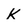
Character: K